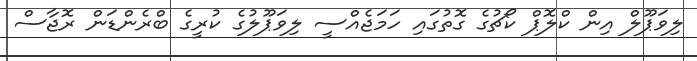
ލިވަޕޫލް އިން ކްލޮޕް ކޯޗުގެ ގޮތުގައި ހަމަޖެއްސީ ލިވަޕޫލުގެ ކުރީގެ ބްރެންޑަން ރޮޖާސް